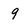
Character: 9